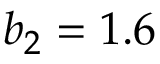
b _ { 2 } = 1 . 6